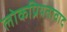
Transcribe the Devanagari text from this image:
लोकप्रियतावाद